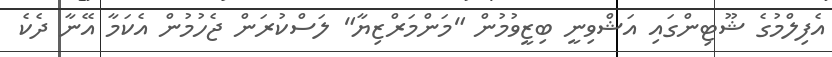
އެފިލްމުގެ ޝޫޓިންގައި އަޝްވިނީ ބިޒީވުމުން "މަންމަރްޒިޔާ" ލަސްކުރަން ޖެހުމުން އެކަމާ އޭނާ ދެކެ